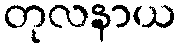
တုလနာယ